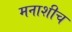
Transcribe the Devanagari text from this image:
मनाशीच